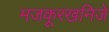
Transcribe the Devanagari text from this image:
मजकूरखनिजे